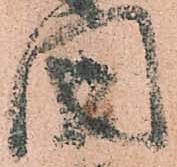
國